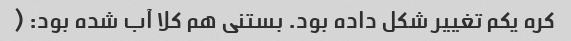
کره یکم تغییر شکل داده بود. بستنی هم کلا آب شده بود: (